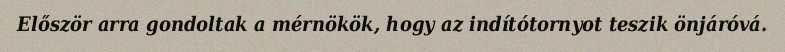
Először arra gondoltak a mérnökök, hogy az indítótornyot teszik önjáróvá.